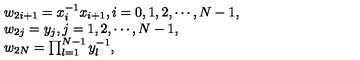
\begin{array} { l } { w _ { 2 i + 1 } = x _ { i } ^ { - 1 } x _ { i + 1 } , i = 0 , 1 , 2 , \cdots , N - 1 , } \\ { w _ { 2 j } = y _ { j } , j = 1 , 2 , \cdots , N - 1 , } \\ { w _ { 2 N } = \prod _ { l = 1 } ^ { N - 1 } y _ { l } ^ { - 1 } , } \\ \end{array}